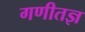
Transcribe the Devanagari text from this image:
गणीतज्ञ